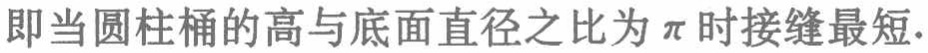
即当圆柱桶的高与底面直径之比为$\pi$时接缝最短.